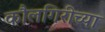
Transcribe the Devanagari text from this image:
कौलगिरीच्या